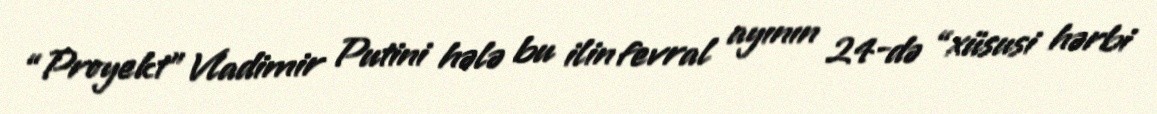
“Proyekt” Vladimir Putini hələ bu ilin fevral ayının 24-də “xüsusi hərbi